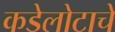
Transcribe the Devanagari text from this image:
कडेलोटाचे